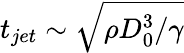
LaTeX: t_{jet}\sim\sqrt{{\rho D_{0}^{3}}/{\gamma}}